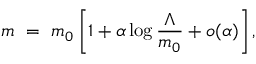
m \ = \ m _ { 0 } \left[ 1 + \alpha \log \frac { \Lambda } { m _ { 0 } } + o ( \alpha ) \right] ,